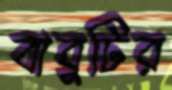
বাবুটির